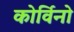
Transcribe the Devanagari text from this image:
कोर्विनो